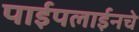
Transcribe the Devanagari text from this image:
पाईपलाईनचे